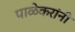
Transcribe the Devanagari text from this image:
पाळेकरांनी